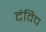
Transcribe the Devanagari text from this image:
दंविच